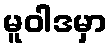
မူဝါဒမှာ